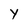
Character: Y